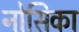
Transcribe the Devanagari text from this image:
नोसिका